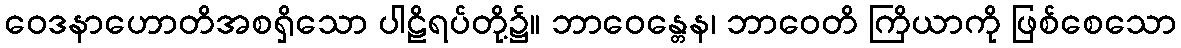
ဝေဒနာဟောတိအစရှိသော ပါဠိရပ်တို့၌။ ဘာဝေန္တေန၊ ဘာဝေတိ ကြိယာကို ဖြစ်စေသော